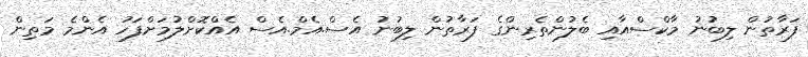
ފަރާތުން ލިބުނު މާކްސްއާއި ބެލުންތެރިންގެ ފަރާތުން ލިބުނު އެސް.އެމް.އެސް އެއްކޮށްލުމަށްފަހު އެންމެ މަތިން